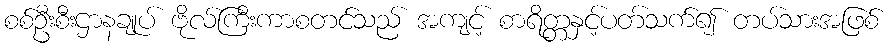
စစ်ဦးစီးဌာနချုပ် ဗိုလ်ကြီးကာစတင်သည် အကျင့် စာရိတ္တနှင့်ပတ်သက်၍ တပ်သားအဖြစ်